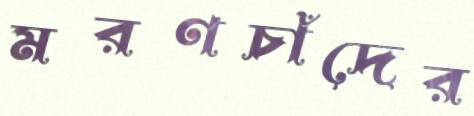
মরণচাঁদের